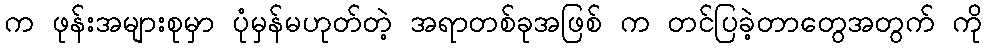
က ဖုန်းအများစုမှာ ပုံမှန်မဟုတ်တဲ့ အရာတစ်ခုအဖြစ် က တင်ပြခဲ့တာတွေအတွက် ကို